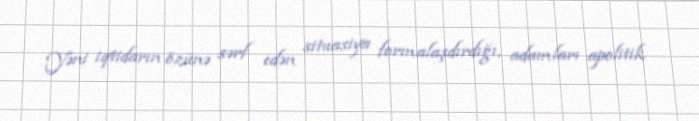
Yəni iqtidarın özünə sərf edən situasiya formalaşdırdığı, adamları apolitik